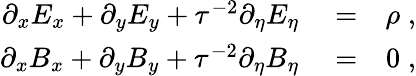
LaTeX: \begin{array}{rlr}{\partial_{x}{E_{x}}+\partial_{y}{E_{y}}+\tau^{-2}\partial_{\eta}{E_{\eta}}}&{{}=}&{\rho\; ,}\\ {\partial_{x}{B_{x}}+\partial_{y}{B_{y}}+\tau^{-2}\partial_{\eta}{B_{\eta}}}&{{}=}&{0\; ,}\end{array}